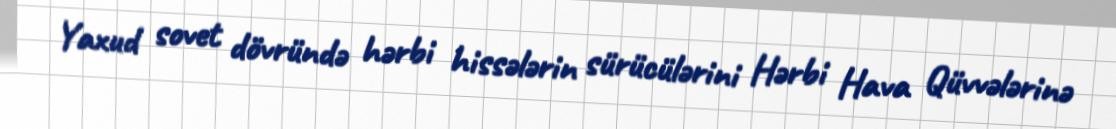
Yaxud sovet dövründə hərbi hissələrin sürücülərini Hərbi Hava Qüvvələrinə